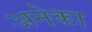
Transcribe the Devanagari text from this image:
अनेका